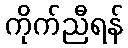
ကိုက်ညီရန်